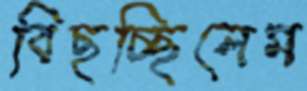
বিছচ্ছিলেম